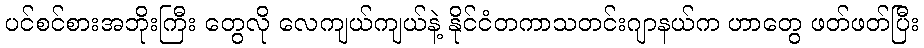
ပင်စင်စားအဘိုးကြီး တွေလို လေကျယ်ကျယ်နဲ့ နိုင်ငံတကာသတင်းဂျာနယ်က ဟာတွေ ဖတ်ဖတ်ပြီး